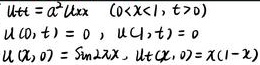
\[
\begin{cases}
u_{tt}=a^{2}u_{xx} & (0 < x < l,t>0)\\
u(x,0)=\sin x, & u_{t}(x,0)=x(1 - x)
\end{cases}
\]